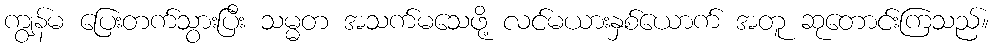
ကျွန်မ ပြေးတက်သွားပြီး သမ္မတ အသက်မသေဖို့ လင်မယားနှစ်ယောက် အတူ ဆုတောင်းကြသည်။